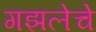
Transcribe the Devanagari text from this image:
गझलेचे